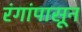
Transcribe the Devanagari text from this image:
रंगांपासून